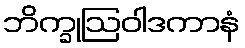
ဘိက္ခုဩဝါဒကာနံ